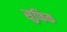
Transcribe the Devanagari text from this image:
सुफिक